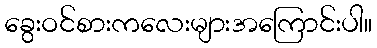
ခွေးဝင်စားကလေးများအကြောင်းပါ။